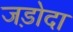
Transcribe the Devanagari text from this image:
जड़ोदा